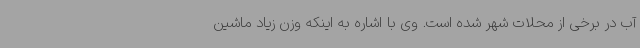
آب در برخی از محلات شهر شده است. وی با اشاره به اینکه وزن زیاد ماشین